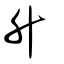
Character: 升